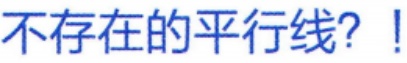
不存在的平行线？!